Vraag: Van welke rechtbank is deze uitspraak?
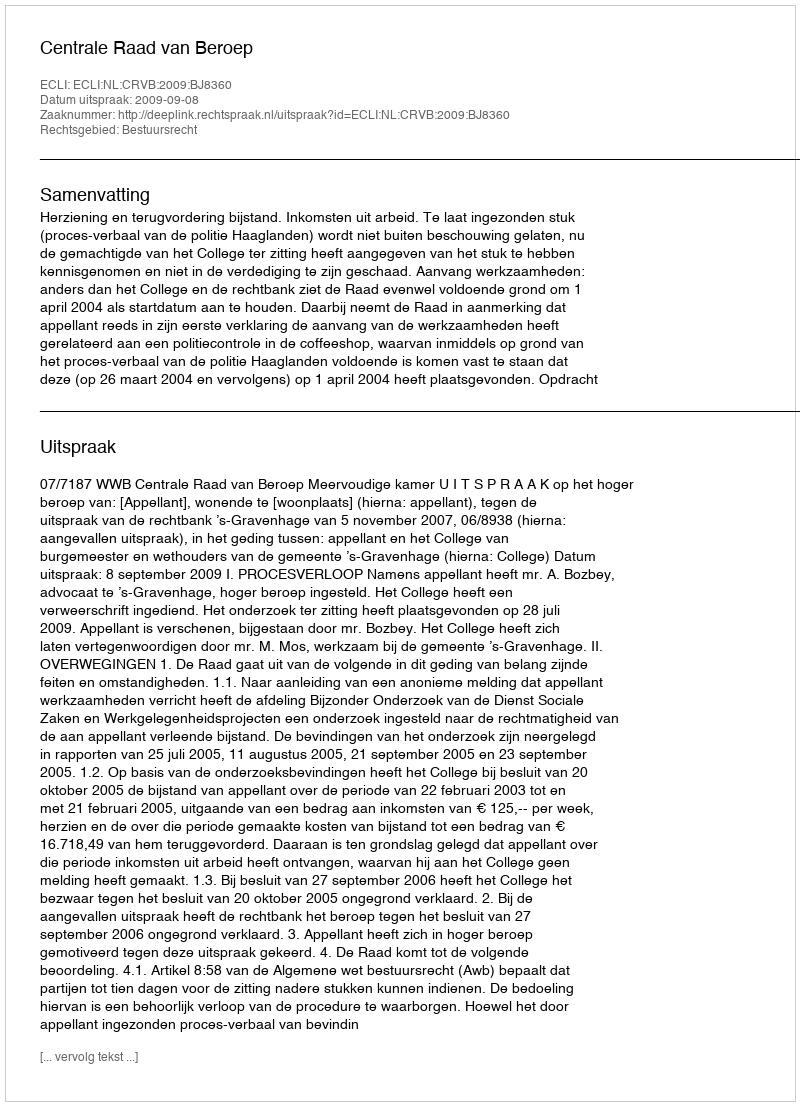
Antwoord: Centrale Raad van Beroep